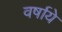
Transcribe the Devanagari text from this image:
वर्षाये